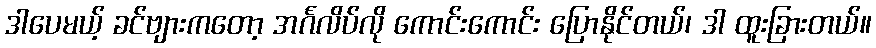
ဒါပေမယ့် ခင်ဗျားကတော့ အင်္ဂလိပ်လို ကောင်းကောင်း ပြောနိုင်တယ်၊ ဒါ ထူးခြားတယ်။